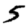
Digit: 5